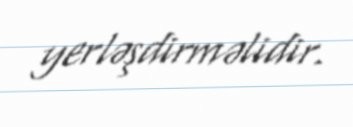
yerləşdirməlidir.